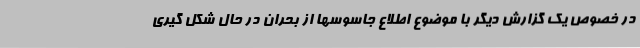
در خصوص یک گزارش دیگر با موضوع اطلاع جاسوسها از بحران در حال شکل گیری